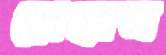
রেহান